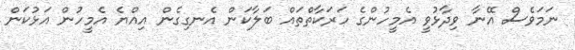
ނަމަވެސް އޭނާ ވިދާޅުވީ އެމީހުންގެ ހަރަކާތްތައް ބަލާކަން އެނގިގެން އިއްޔެ އެމީހުން އަޅުކަން